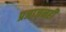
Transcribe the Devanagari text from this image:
प्रजाजनही